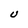
Character: U